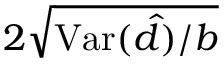
2 \sqrt { \mathrm { V a r } ( \hat { d } ) / b }